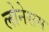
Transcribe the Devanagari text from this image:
लोनेसम